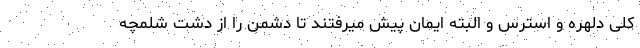
کلی دلهره و استرس و البته ایمان پیش میرفتند تا دشمن را از دشت شلمچه